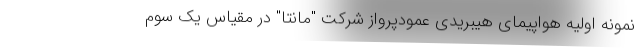
نمونه اولیه هواپیمای هیبریدی عمودپرواز شرکت "مانتا" در مقیاس یک سوم